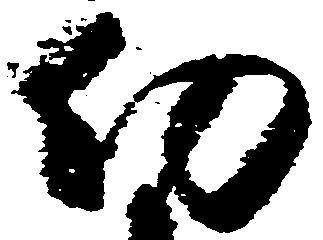
約